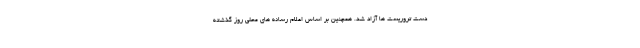
دست تروریست ها آزاد شد. همچنین بر اساس اعلام رسانه های محلی روز گذشته